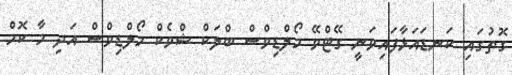
ގޮތުގައި ކަނޑައަޅާފައިވަނީ ގޭޓްވޭ މޯލްޑިވްސް ބްލަކް ޝްވެކް މޯލްޑިވްސް އަދި މާ ކޮމް